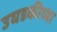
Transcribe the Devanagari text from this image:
उघडकीच्या